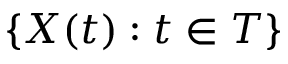
\{ X ( t ) : t \in T \}